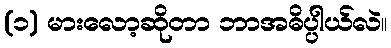
(၁) မားလော့ဆိုတာ ဘာအဓိပ္ပါယ်လဲ။